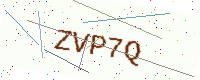
Text: ZVP7Q